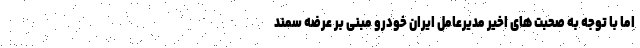
اما با توجه به صحبت های اخیر مدیرعامل ایران خودرو مبنی بر عرضه سمند